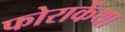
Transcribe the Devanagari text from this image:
फोराकेंथा